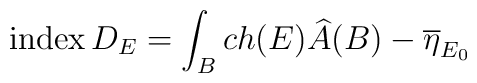
{\rm index}\, D_{E} = \int_B ch(E) \widehat{A}(B) - \overline\eta_{E_0}